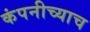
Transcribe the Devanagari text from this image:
कंपनीच्याच